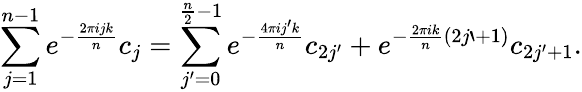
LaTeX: \sum_{j=1}^{n-1}e^{-\frac{2\pi ijk}{n}}c_{j}=\sum_{j^{\prime}=0}^{\frac{n}{2}-1}e^{-\frac{4\pi ij^{\prime}k}{n}}c_{2j^{\prime}}+e^{-\frac{2\pi ik}{n}(2j`+1)}c_{2j^{\prime}+1}.